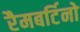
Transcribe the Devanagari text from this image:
रैमबर्टिनो